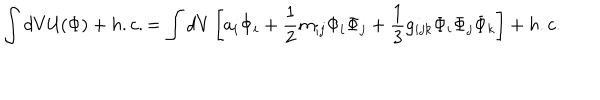
\int d V { \cal U } ( \Phi ) + h . c . = \int d V \left[ a _ { i } \Phi _ { i } + \frac { 1 } { 2 } m _ { i j } \Phi _ { i } \Phi _ { j } + \frac { 1 } { 3 } g _ { i j k } \Phi _ { i } \Phi _ { j } \Phi _ { k } \right] + h . c .